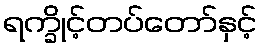
ရက္ခိုင့်တပ်တော်နှင့်